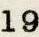
19